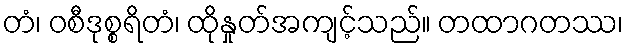
တံ၊ ဝစီဒုစ္စရိတံ၊ ထိုနှုတ်အကျင့်သည်။ တထာဂတဿ၊